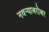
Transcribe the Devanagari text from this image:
नवर्‍याबरोबर